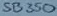
Text: SB350